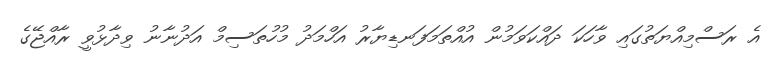
އެ ރަސްމިއްޔަތުގައި ވާހަކަ ދައްކަވަމުން އުއްތަމަފަނޑިޔާރު އަހްމަދު މުހުތަސިމް އަދުނާނު ވިދާޅުވީ ރާއްޖޭގެ